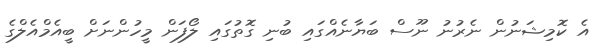
އެ ކޮމިޝަނުން ނެރުނު ނޫސް ބަޔާނެއްގައި ބުނި ގޮތުގައި ލޯފަން މީހުންނަށް ބީއެމްއެލްގެ